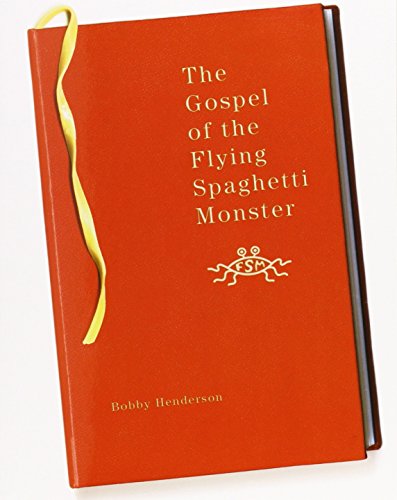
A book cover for The Gospel of the Flying Spaghetti Monster; Bobby Henderson; Humor & Entertainment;